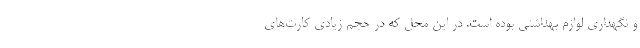
و نگهداری لوازم بهداشتی بوده است. در این محل که در حجم زیادی کارت‌های